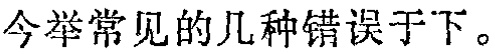
今举常见的几种错误于下。